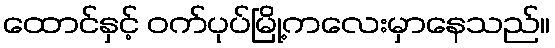
ထောင်နှင့် ဝက်ပုပ်မြို့ကလေးမှာနေသည်။